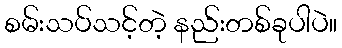
စမ်းသပ်သင့်တဲ့ နည်းတစ်ခုပါပဲ။